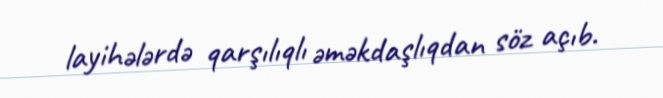
layihələrdə qarşılıqlı əməkdaşlıqdan söz açıb.